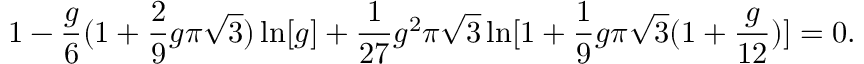
1 - { \frac { g } { 6 } } ( 1 + { \frac { 2 } { 9 } } g \pi \sqrt { 3 } ) \ln [ g ] + { \frac { 1 } { 2 7 } } g ^ { 2 } \pi \sqrt { 3 } \ln [ 1 + { \frac { 1 } { 9 } } g \pi \sqrt { 3 } ( 1 + { \frac { g } { 1 2 } } ) ] = 0 .